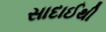
સાદાઈથી